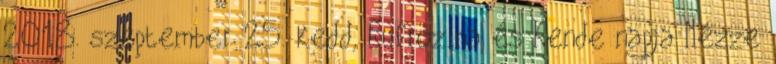
2018. szeptember 25. kedd, Eufrozina és Kende napja Nézze